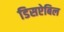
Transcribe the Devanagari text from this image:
डिसऐबिल